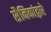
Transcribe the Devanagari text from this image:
सैनिकांद्वारे